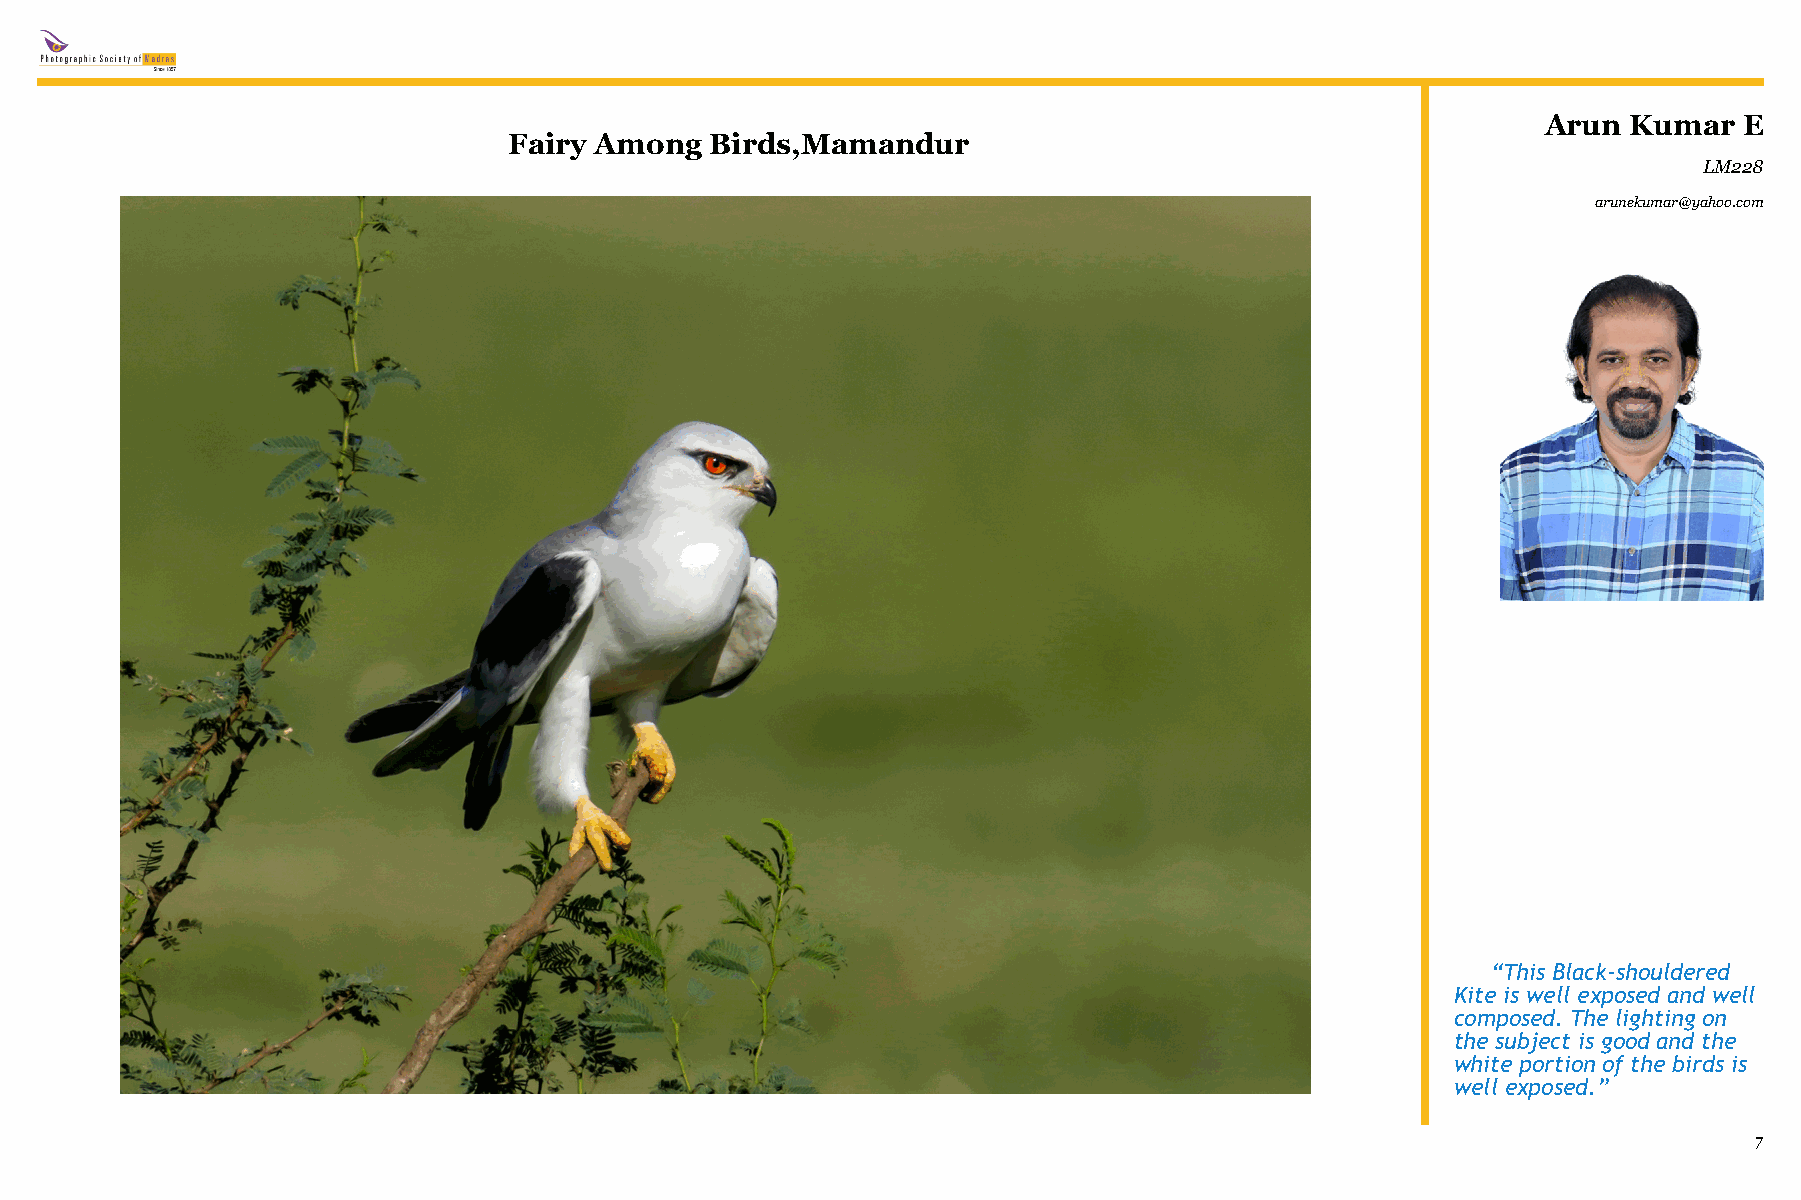
Arun  Kumar  E
 Fairy Among  Birds,Mamandur
 LM228
 arunekumar@yahoo.com
 “This Black-shouldered
 Kite is well exposed and well
 composed. The lighting on
 the subject is good and the
 white portion of the birds is
 well exposed.”
 7